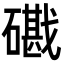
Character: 𥖘